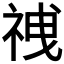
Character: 𫀍